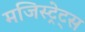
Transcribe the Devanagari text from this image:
मजिस्ट्रेट्स